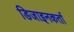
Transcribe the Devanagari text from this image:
डिजाइनकर्ता